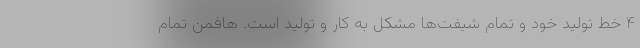
۴ خط تولید خود و تمام شیفت‌ها مشکل به کار و تولید است. هافمن تمام